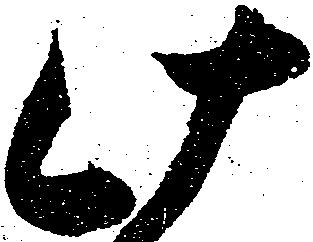
此